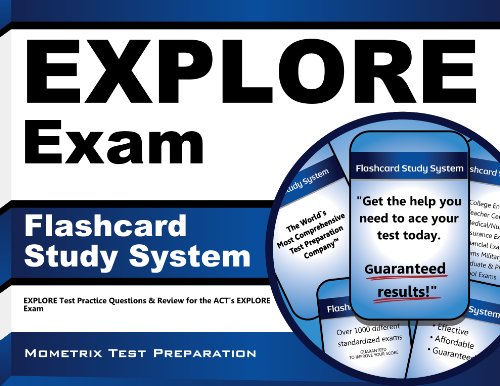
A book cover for EXPLORE Exam Flashcard Study System: EXPLORE Test Practice Questions & Review for the ACT's EXPLORE Exam (Cards); EXPLORE Exam Secrets Test Prep Team; Test Preparation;